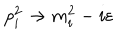
LaTeX: p _ { i } ^ { 2 } \rightarrow m _ { i } ^ { 2 } - i \varepsilon